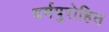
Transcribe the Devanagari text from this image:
धर्मपुरोहित